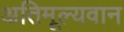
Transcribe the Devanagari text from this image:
अतिमूल्यवान